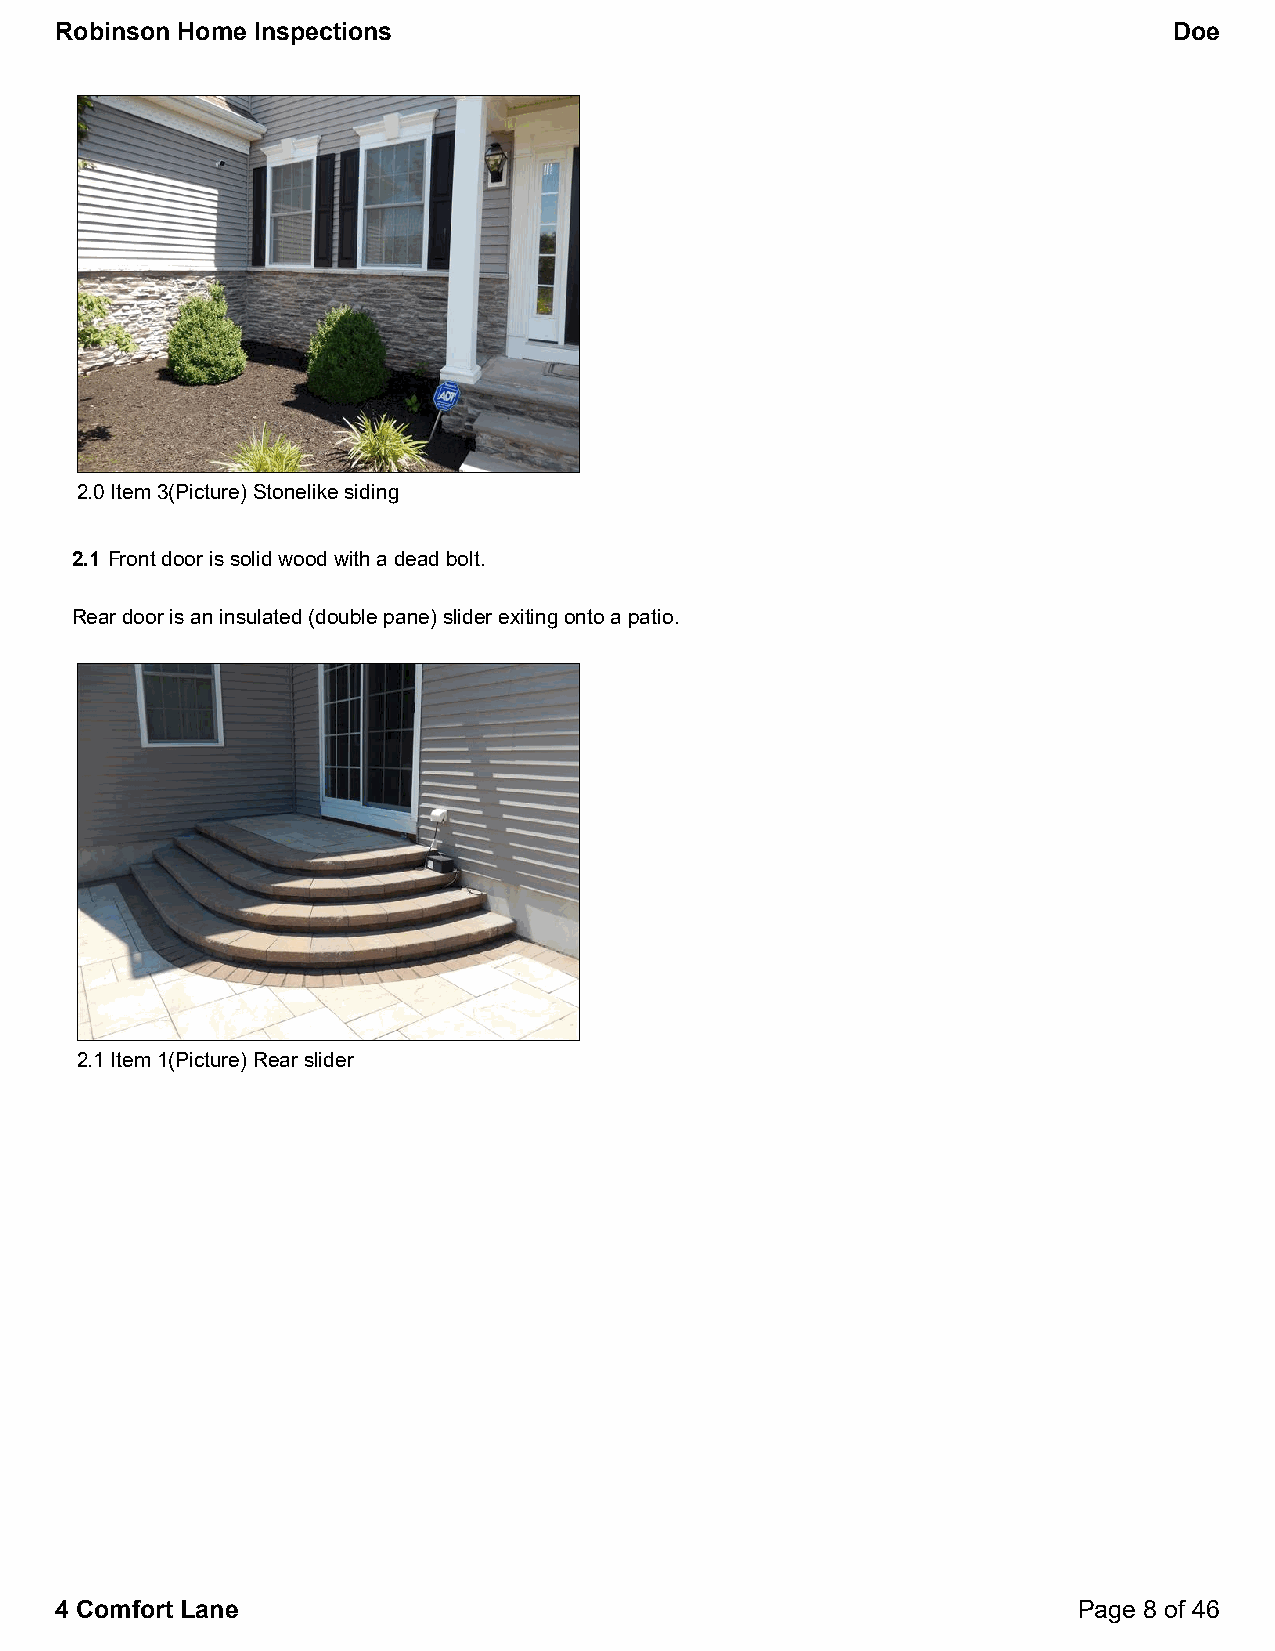
Robinson Home Inspections                                                 Doe
 2.0 Item 3(Picture) Stonelike siding
 2.1 Front door is solid wood with a dead bolt.
 Rear door is an insulated (double pane) slider exiting onto a patio.
 2.1 Item 1(Picture) Rear slider
 4 Comfort Lane                                                     Page 8 of 46